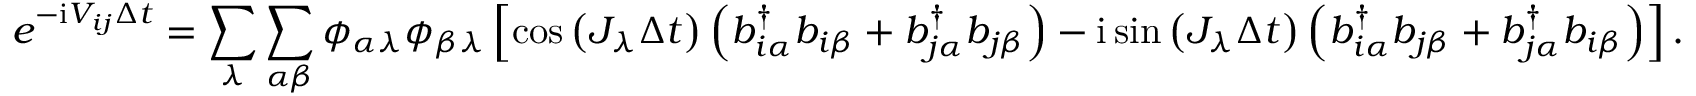
e ^ { - \ensuremath { \mathrm { i } } V _ { i j } \Delta t } = \sum _ { \lambda } \sum _ { \alpha \beta } \phi _ { \alpha \lambda } \phi _ { \beta \lambda } \left[ \cos \left( J _ { \lambda } \Delta t \right) \left( b _ { i \alpha } ^ { \dagger } b _ { i \beta } + b _ { j \alpha } ^ { \dagger } b _ { j \beta } \right) - \ensuremath { \mathrm { i } } \sin \left( J _ { \lambda } \Delta t \right) \left( b _ { i \alpha } ^ { \dagger } b _ { j \beta } + b _ { j \alpha } ^ { \dagger } b _ { i \beta } \right) \right] .